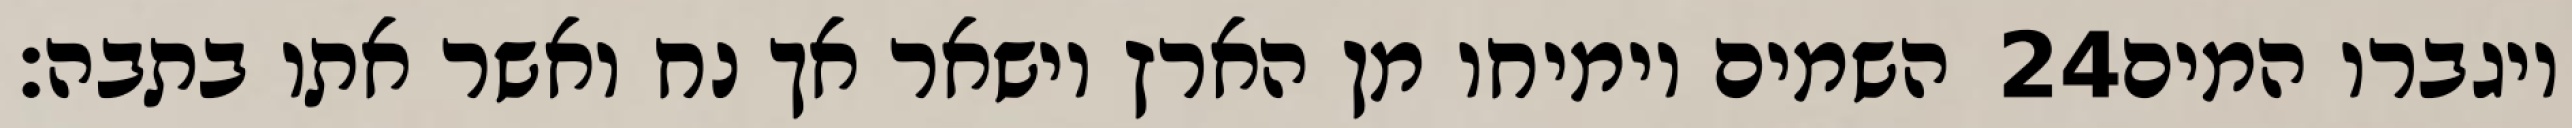
השמים וימיחו מן הארץ וישאר אך נח ואשר אתו בתבה׃ ‎24‏ ויגברו המים